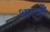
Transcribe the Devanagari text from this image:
थारजी